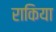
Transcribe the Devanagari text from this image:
राकिया